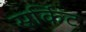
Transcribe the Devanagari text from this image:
स्रर्किट